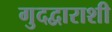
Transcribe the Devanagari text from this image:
गुदद्वाराशी